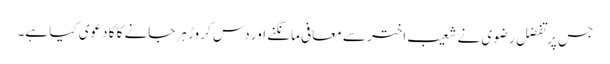
جس پر تفضل رضوی نے شعیب اختر سے معافی مانگنے اور دس کروڑ ہرجانے کا کا دعوی کیا ہے۔